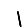
Digit: 1